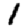
Digit: 1